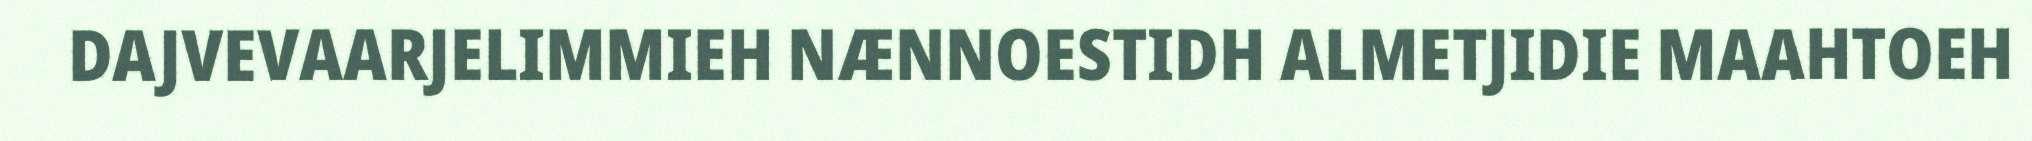
DAJVEVAARJELIMMIEH NÆNNOESTIDH ALMETJIDIE MAAHTOEH